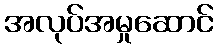
အလုပ်အမှုဆောင်